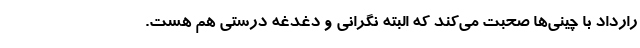
رارداد با چینی‌ها صحبت می‌کند که البته نگرانی و دغدغه درستی هم هست.